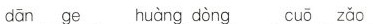
dān ge huàng dòng cuō zǎo